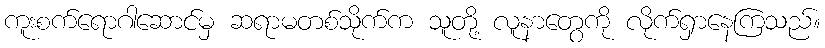
ကူးစက်ရောဂါဆောင်မှ ဆရာမတစ်သိုက်က သူတို့ လူနာတွေကို လိုက်ရှာနေကြသည်။